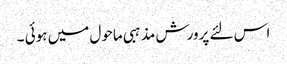
اس لئے پرورش مذہبی ماحول میں ہوئی ۔